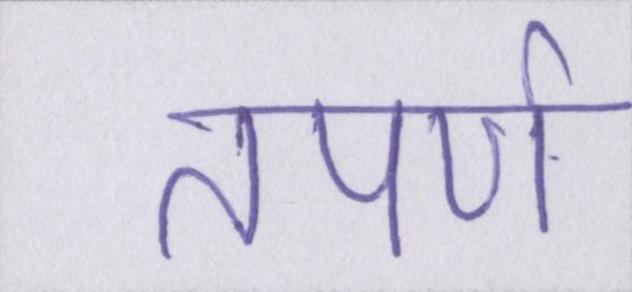
तपर्ण